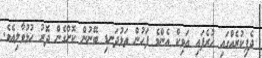
ދެފިކުރެއްގައި ހުރެފައި އަވިކް އެންމެ ފަހުން ތަޅުދަނޑި ބޭނުން ކޮށްގެން ދޮރު ހުޅުވާލިއެވެ.